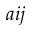
a i j